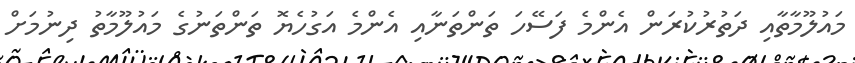
މައުލޫމާތާއި ދަތުރުކުރަން އެންމެ ފަސޭހަ ތަންތަނާއި އެންމެ އަގުހެޔޮ ތަންތަނުގެ މައުލޫމާތު ދިނުމަށް